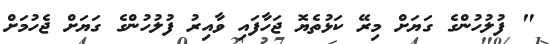
" ފުލުހުންގެ ގަޔަށް މިރޭ ކަޅުތެޔޮ ޖަހާފައި ވާއިރު ފުލުހުންގެ ގަޔަށް ޖެހުމަށް